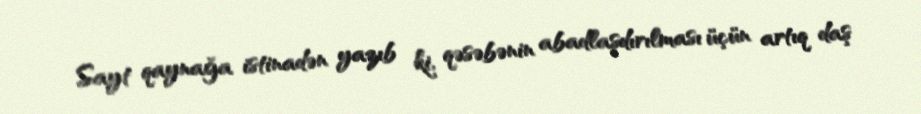
Sayt qaynağa istinadən yazıb ki, qəsəbənin abadlaşdırılması üçün artıq daş